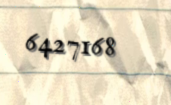
6427168